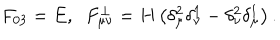
F _ { 0 3 } = E , \; \; F _ { \mu \nu } ^ { \perp } = H \left( \delta _ { \mu } ^ { 2 } \delta _ { \nu } ^ { 1 } - \delta _ { \nu } ^ { 2 } \delta _ { \mu } ^ { 1 } \right) .